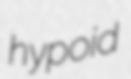
hypoid